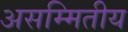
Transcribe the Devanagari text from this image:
असम्मितीय